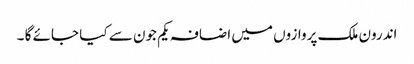
اندرون ملک پروازوں میں اضافہ یکم جون سے کیا جائے گا ۔